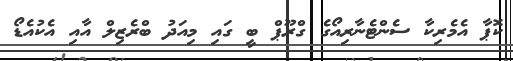
ކޮޕާ އެމެރިކާ ސެންޓެނާރިއޯގެ ގްރޫޕް ބީ ގައި މިއަދު ބްރެޒިލް އާއި އެކުއެޑޯ